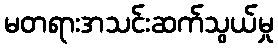
မတရားအသင်းဆက်သွယ်မှု